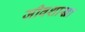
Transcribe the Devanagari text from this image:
जीवशाखा